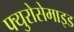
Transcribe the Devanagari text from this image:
फ्युरोसेमाइड